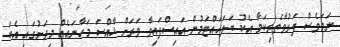
ނަމަވެސް ފަރުވާތެރިކަމާ އެކު ބަލަހައްޓަމުން އައިސްފައިވާ ވަރަށް ޚާއްސަ މަހާނައެއް މިރަށުގައި އެބަ